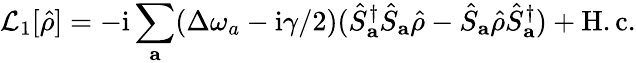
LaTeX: \mathcal{L}_{1}[\hat{\rho}]=-\mathrm{i}\sum_{\mathbf{a}}(\Delta\omega_{a}-\mathrm{i}\gamma/2)(\hat{S}_{\mathbf{a}}^{\dagger}\hat{S}_{\mathbf{a}}\hat{\rho}-\hat{S}_{\mathbf{a}}\hat{\rho}\hat{S}_{\mathbf{a}}^{\dagger})+\mathrm{H.c.}